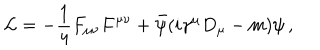
LaTeX: { \cal L } = - { \frac { 1 } { 4 } } F _ { \mu \nu } F ^ { \mu \nu } + { \bar { \psi } } ( i \gamma ^ { \mu } D _ { \mu } - m ) \psi \, ,